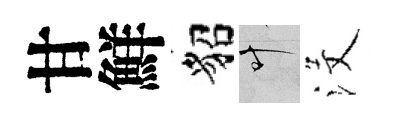
甘鮮貂叶沒